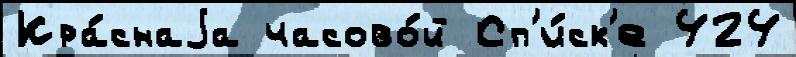
Кра́снаjа часово́й Сп'и́ск'е 424